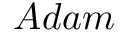
A d a m